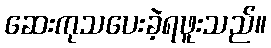
ဆေးကုသပေးခဲ့ရဖူးသည်။